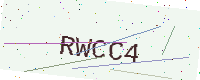
Text: RWCC4